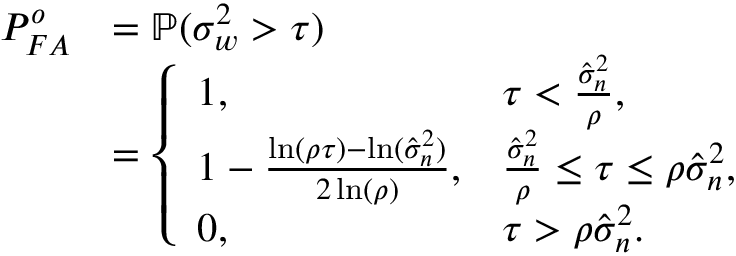
\begin{array} { r l } { P _ { F A } ^ { o } } & { = \mathbb { P } ( \sigma _ { w } ^ { 2 } > \tau ) } \\ & { = \left\{ \begin{array} { l l } { 1 , } & { \tau < \frac { \hat { \sigma } _ { n } ^ { 2 } } { \rho } , } \\ { 1 - \frac { \ln ( \rho \tau ) - \ln ( \hat { \sigma } _ { n } ^ { 2 } ) } { 2 \ln ( \rho ) } , } & { \frac { \hat { \sigma } _ { n } ^ { 2 } } { \rho } \leq \tau \leq \rho \hat { \sigma } _ { n } ^ { 2 } , } \\ { 0 , } & { \tau > \rho \hat { \sigma } _ { n } ^ { 2 } . } \end{array} \right. } \end{array}